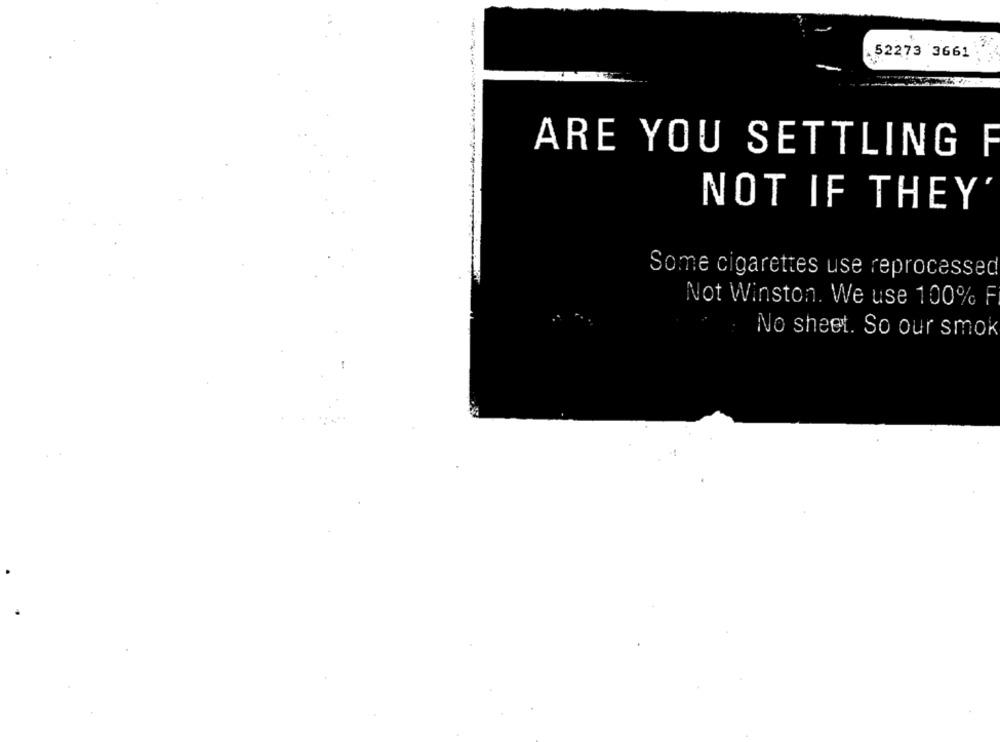
52273 3661
ARE YOU SETTLING F
NOT IF THEY
Some cigarettes use reprocessed
Not Winston. We use 100% F
No sheet. So our smok